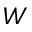
W